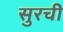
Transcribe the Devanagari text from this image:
सुरची